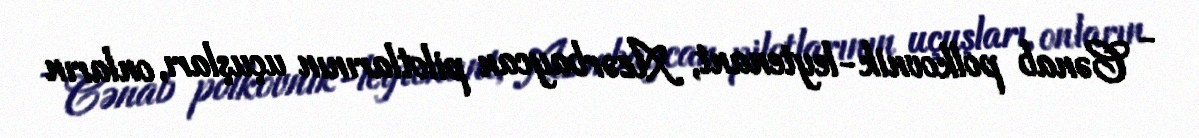
- Cənab polkovnik-leytenant, Azərbaycan pilotlarının uçuşları, onların